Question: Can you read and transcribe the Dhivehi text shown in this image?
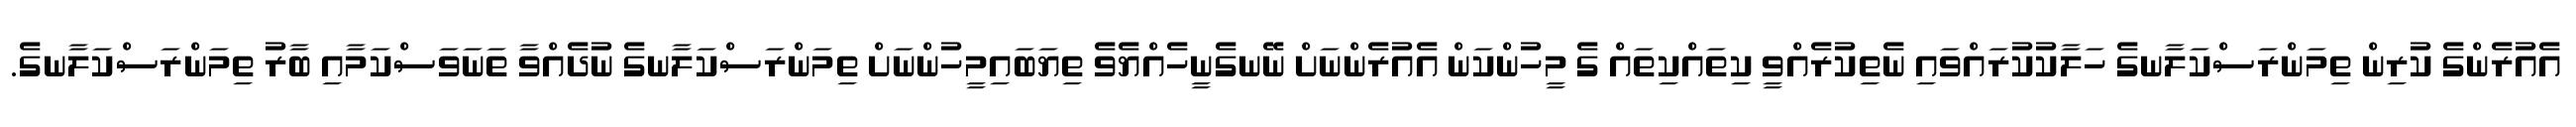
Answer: އެއުރެންގެ ކުރިން ތިމަންރަސްކަލާނގެ ހަލާކުކުރައްވައި ނެތިކުރެއްވީ ކިތައްކިތައް ގެ މީހުންކަން އެއުރެންނަށް ނޭނގެނީހެއްޔެވެ ތިޔަބައިމީހުންނަށް ތިމަންރަސްކަލާނގެ ނުދެއްވާ ތަނަވަސްކަމާއި ބާރު ތިމަންރަސްކަލާނގެ.